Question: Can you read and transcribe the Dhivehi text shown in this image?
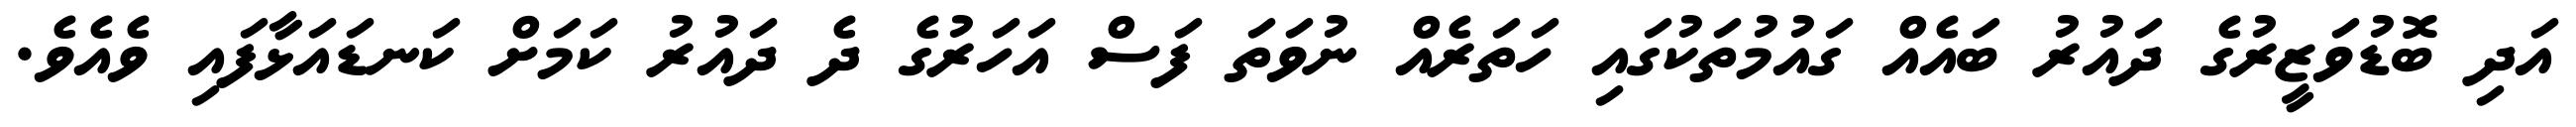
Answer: އަދި ބޮޑުވަޒީރުގެ ދައުރު ބައެއް ގައުމުތަކުގައި ހަތަރެއް ނުވަތަ ފަސް އަހަރުގެ ދެ ދައުރު ކަމަށް ކަނޑައަޅާފައި ވެއެވެ.